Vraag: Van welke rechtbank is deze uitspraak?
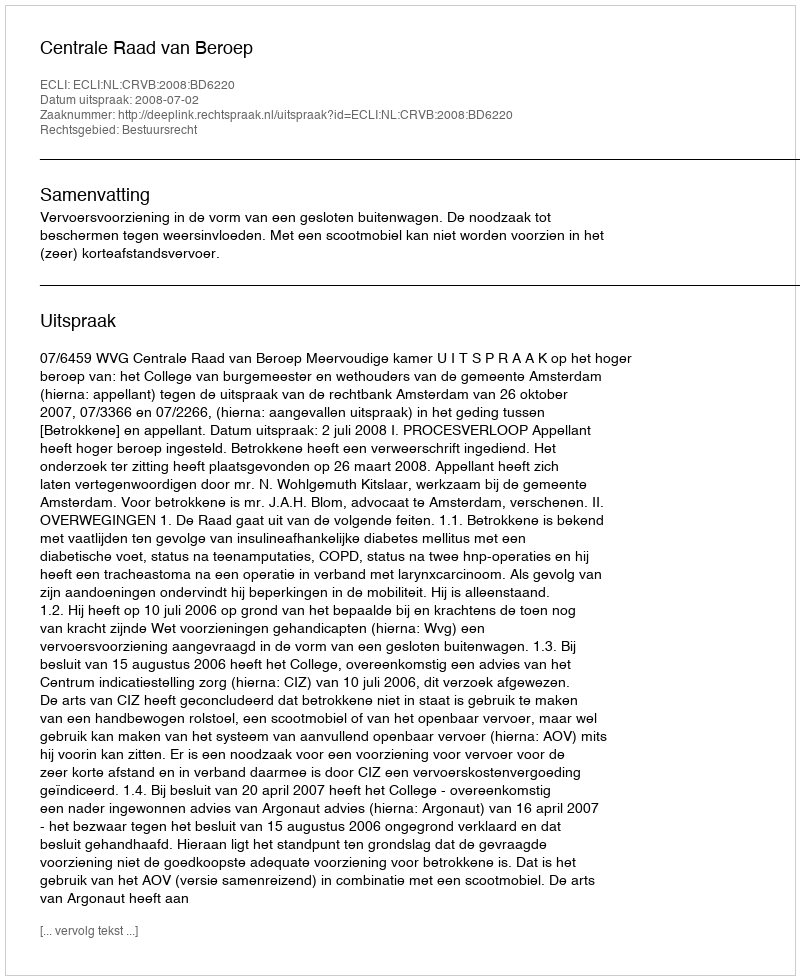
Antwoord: Centrale Raad van Beroep